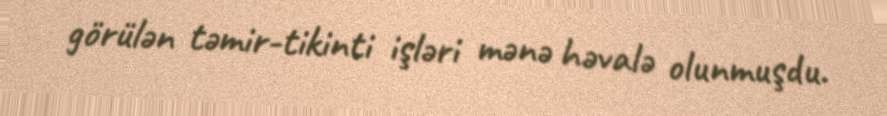
görülən təmir-tikinti işləri mənə həvalə olunmuşdu.